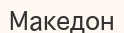
Македон